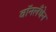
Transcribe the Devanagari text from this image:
वॉनलँथेन